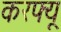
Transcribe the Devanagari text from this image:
करफ्यू